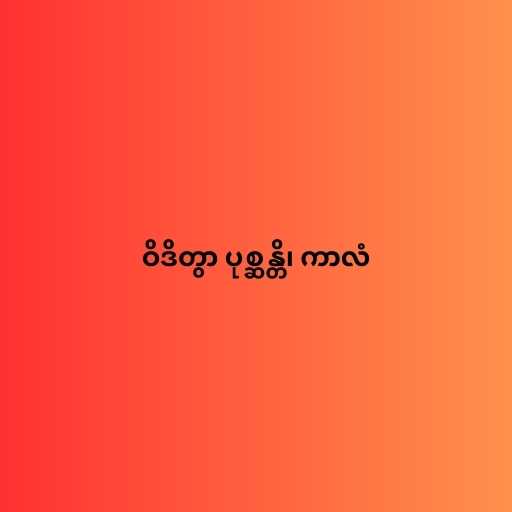
ဝိဒိတွာ ပုစ္ဆန္တိ၊ ကာလံ